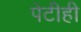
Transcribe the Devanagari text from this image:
पेटीही